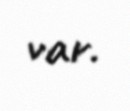
var.